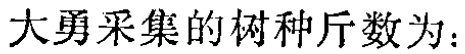
大勇采集的树种斤数为：